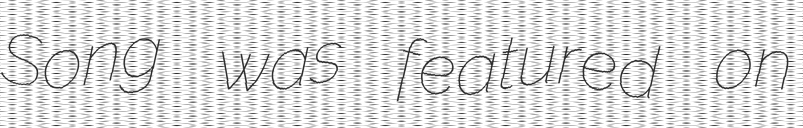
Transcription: Song was featured on